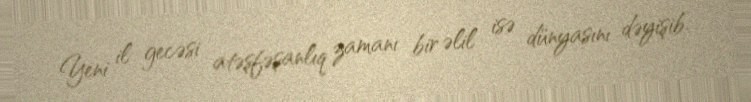
Yeni il gecəsi atəşfəşanlıq zamanı bir əlil isə dünyasını dəyişib.